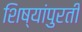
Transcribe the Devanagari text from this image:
शिष्यांपुरती